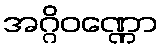
အဂ္ဂိဝဏ္ဏော